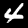
Label: 4